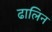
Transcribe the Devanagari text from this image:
ढालिन